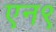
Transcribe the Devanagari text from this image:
एन९